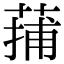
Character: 蒱